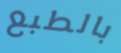
بالطبع